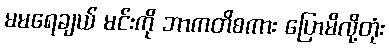
မမရေချယ် မင်းကို ဘာကတိစကား ပြောမိလို့တုံး